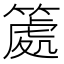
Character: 𥱿